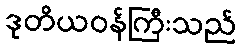
ဒုတိယဝန်ကြီးသည်